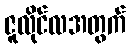
ဇူလိုင်လအတွက်